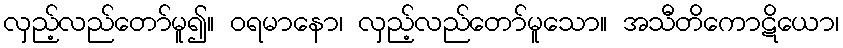
လှည့်လည်တော်မူ၍။ ဝရမာနော၊ လှည့်လည်တော်မူသော။ အသီတိကောဋိယော၊